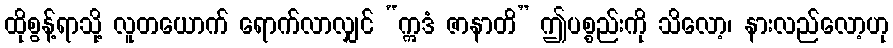
ထိုစွန့်ရာသို့ လူတယောက် ရောက်လာလျှင် “ဣဒံ ဇာနာတိ” ဤပစ္စည်းကို သိလော့၊ နားလည်လော့ဟု